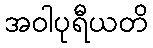
အဝါပုရီယတိ